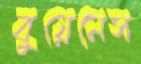
বুয়েনেস